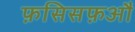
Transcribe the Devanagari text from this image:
फ़सिसफ़औ